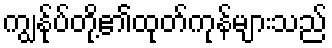
ကျွန်ုပ်တို့၏ထုတ်ကုန်များသည်